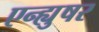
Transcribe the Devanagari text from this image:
एन्ह्युषर